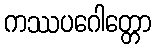
ကဿပဂေါတ္တော